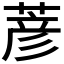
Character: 𫈱